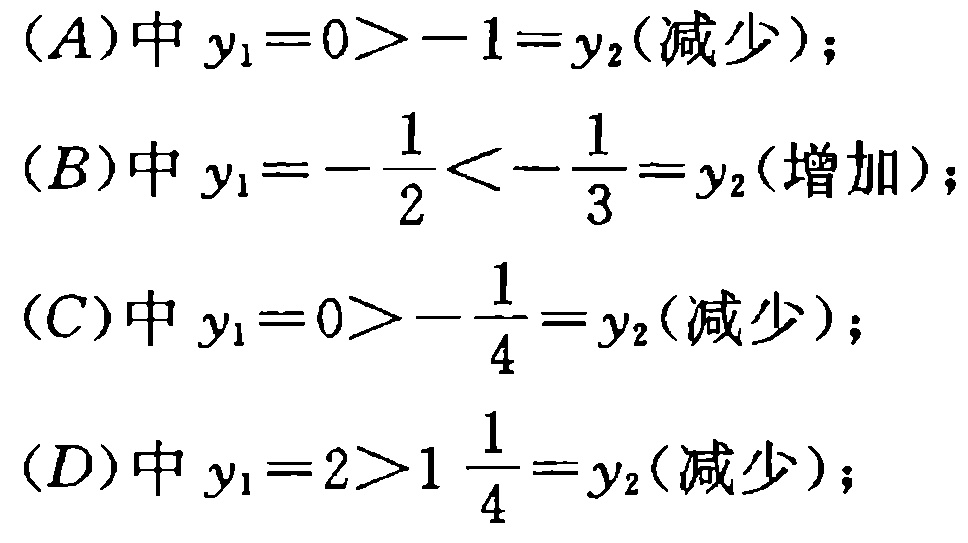
(A)中 \(y_1 = 0 > -1 = y_2\)(减少)；
(B)中 \(y_1 = -\frac{1}{2} < -\frac{1}{3} = y_2\)(增加)；
(C)中 \(y_1 = 0 > -\frac{1}{4} = y_2\)(减少)；
(D)中 \(y_1 = 2 > 1\frac{1}{4} = y_2\)(减少)；